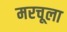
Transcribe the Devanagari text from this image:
मरचूला